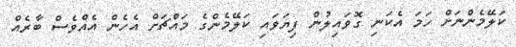
ކަލޭމެންނަށް ހަމަ އެކަނި ގޮވައިލުން ފިޔަވައި ކަލޭމެންގެ މައްޗަށް އެހެން އެއްވެސް ބާރެއް